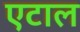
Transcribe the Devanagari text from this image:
एटाल